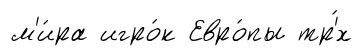
м'и́ра игро́к Евро́пы тр'́х